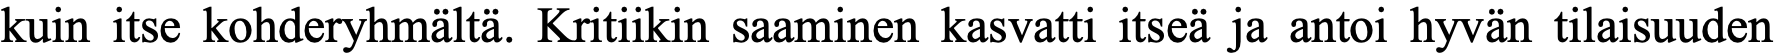
kuin itse kohderyhmältä. Kritiikin saaminen kasvatti itseä ja antoi hyvän tilaisuuden